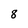
Character: 8